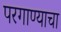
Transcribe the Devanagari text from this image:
परगाण्याचा